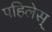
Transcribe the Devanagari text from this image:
पहिलेस्